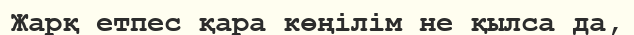
Жарқ етпес қара көңілім не қылса да,